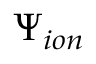
\Psi _ { i o n }